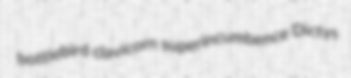
bottlebird clavicorn superincumbence Dictys